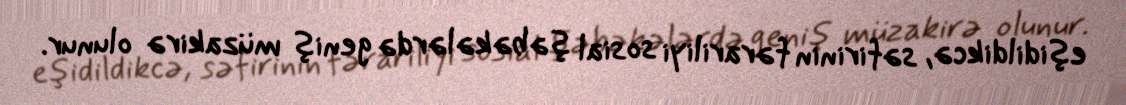
eşidildikcə, səfirinin fərariliyi sosial şəbəkələrdə geniş müzakirə olunur.